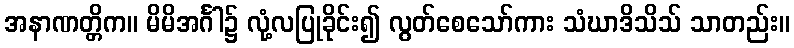
အနာဏတ္တိက။ မိမိအင်္ဂါ၌ လုံ့လပြုခိုင်း၍ လွတ်စေသော်ကား သံဃာဒိသိသ် သာတည်း။